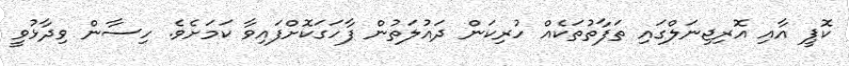
ކޮޕީ އާއި އޮރިޖިނަލްގައި ތަފާތުތަކެއް ހުރިކަން ދައުލަތުން ފާހަގަކޮށްފައިވާ ކަމަށެވެ. ހިސާން ވިދާޅުވީ